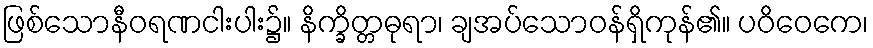
ဖြစ်သောနီဝရဏငါးပါး၌။ နိက္ခိတ္တဓုရာ၊ ချအပ်သောဝန်ရှိကုန်၏။ ပဝိဝေကေ၊